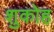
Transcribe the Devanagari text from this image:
शुकोह